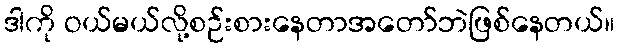
ဒါကို ဝယ်မယ်လို့စဉ်းစားနေတာအတော်ဘဲဖြစ်နေတယ်။